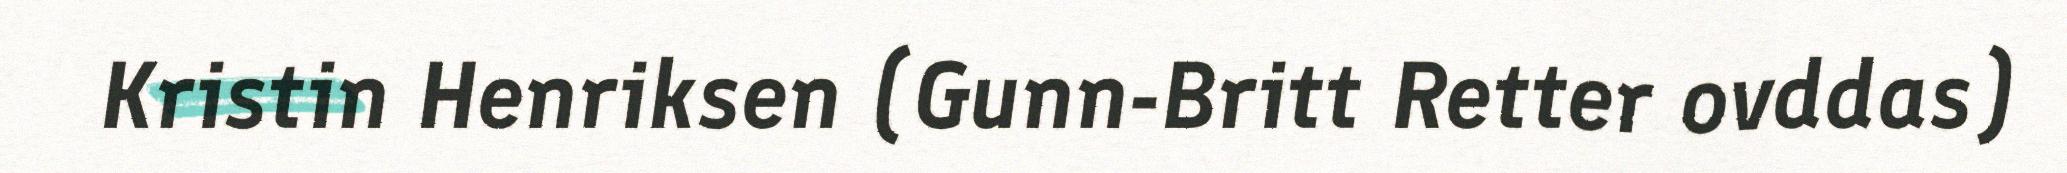
Kristin Henriksen (Gunn-Britt Retter ovddas)